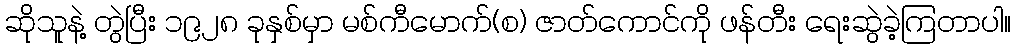
ဆိုသူနဲ့ တွဲပြီး ၁၉၂၈ ခုနှစ်မှာ မစ်ကီမောက်(စ) ဇာတ်ကောင်ကို ဖန်တီး ရေးဆွဲခဲ့ကြတာပါ။